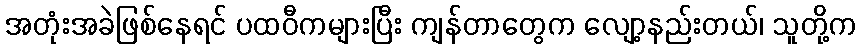
အတုံးအခဲဖြစ်နေရင် ပထဝီကများပြီး ကျန်တာတွေက လျော့နည်းတယ်၊ သူတို့က